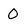
Character: 0